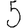
Digit: 5